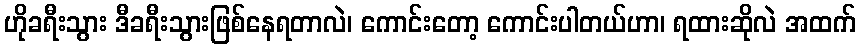
ဟိုခရီးသွား ဒီခရီးသွားဖြစ်နေရတာလဲ၊ ကောင်းတော့ ကောင်းပါတယ်ဟာ၊ ရထားဆိုလဲ အထက်